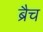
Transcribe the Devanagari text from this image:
ब्रैच